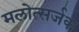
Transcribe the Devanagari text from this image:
मलोत्सर्जक